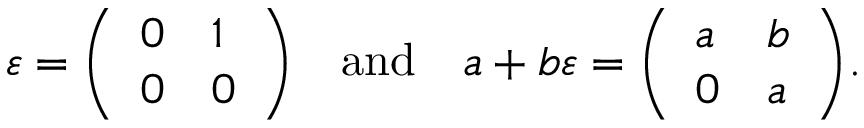
\varepsilon = { \left( \begin{array} { l l } { 0 } & { 1 } \\ { 0 } & { 0 } \end{array} \right) } \quad { \mathrm { a n d } } \quad a + b \varepsilon = { \left( \begin{array} { l l } { a } & { b } \\ { 0 } & { a } \end{array} \right) } .